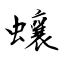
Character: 蠰